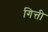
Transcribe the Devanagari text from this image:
गित्ती